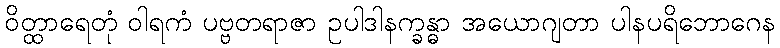
ဝိတ္ထာရေတုံ ဝါရကံ ပဗ္ဗတရာဇာ ဥပါဒါနက္ခန္ဓာ အယောဂျတာ ပါနပရိဘောဂေန